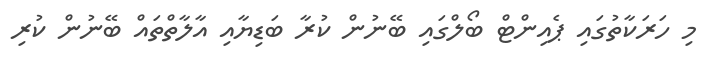
މި ހަރަކާތުގައި ޕެއިންޓް ބޯލްގައި ބޭނުން ކުރާ ބަޑިޔާއި އާލާތްތައް ބޭނުން ކުރި